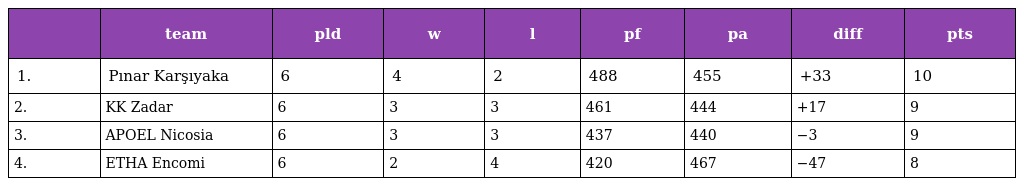
|  | team | pld | w | l | pf | pa | diff | pts |
 | --- | --- | --- | --- | --- | --- | --- | --- | --- |
 | 1. | Pınar Karşıyaka | 6 | 4 | 2 | 488 | 455 | +33 | 10 |
 | 2. | KK Zadar | 6 | 3 | 3 | 461 | 444 | +17 | 9 |
 | 3. | APOEL Nicosia | 6 | 3 | 3 | 437 | 440 | −3 | 9 |
 | 4. | ETHA Encomi | 6 | 2 | 4 | 420 | 467 | −47 | 8 |